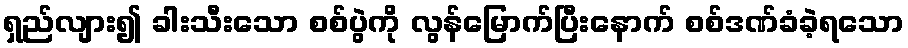
ရှည်လျား၍ ခါးသီးသော စစ်ပွဲကို လွန်မြောက်ပြီးနောက် စစ်ဒဏ်ခံခဲ့ရသော